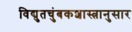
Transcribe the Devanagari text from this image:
विद्युतचुंबकशास्त्रानुसार